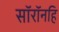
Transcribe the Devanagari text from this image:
सॉरॉनहि